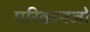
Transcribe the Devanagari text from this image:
परिवहनजो